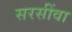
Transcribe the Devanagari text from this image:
सरसींवा